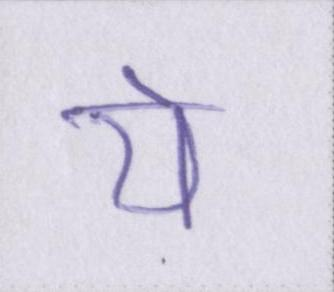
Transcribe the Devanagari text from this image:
ये